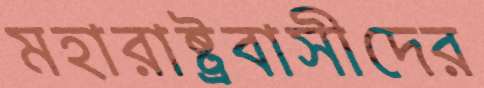
মহারাষ্ট্রবাসীদের